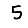
Digit: 5